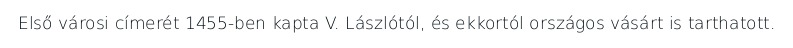
Első városi címerét 1455-ben kapta V. Lászlótól, és ekkortól országos vásárt is tarthatott.